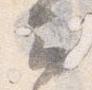
云